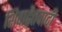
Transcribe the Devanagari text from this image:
शिवाद्वैतवादी